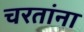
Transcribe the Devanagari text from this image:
चरतांना